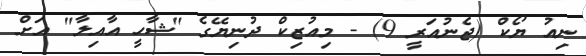
ނިއު ޔޯކް (ޖެނުއަރީ 9) - މިއުޒިކް ދުނިޔޭގެ "ޝާހީ އާއިލާ" އަށް